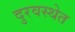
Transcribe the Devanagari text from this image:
दुरवस्थेत